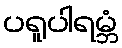
ပရူပါရမ္ဘံ